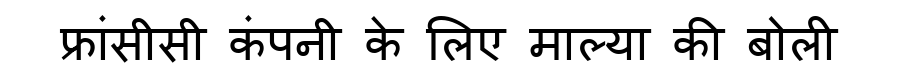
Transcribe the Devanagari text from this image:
फ्रांसीसी कंपनी के लिए माल्या की बोली